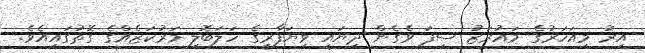
އިރު މިއަހަރުގެ މައުރަޒު ސިފަ ވެގެން ދިޔައީ ވިޔަފާރީގެ ހަލަބޮލި މަރުކަޒެއްގެ ގޮތުގައިއެވެ.